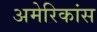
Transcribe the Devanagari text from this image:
अमेरिकांस